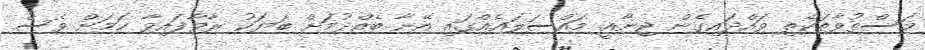
މަސްތުވާތަކެތި ވައްދައިގެން ޖިނާއީ މައްސަލައެއްގައި އޭނާ ބެއްދުމަށް ބަޔަކު ރާވާފައިވާ ކަމަަށް ވެސް